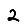
Digit: 2